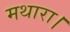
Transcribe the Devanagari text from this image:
मथारा।